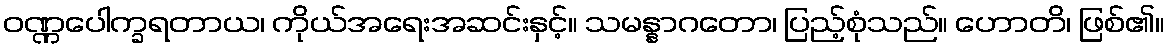
ဝဏ္ဏပေါက္ခရတာယ၊ ကိုယ်အရေးအဆင်းနှင့်။ သမန္နာဂတော၊ ပြည့်စုံသည်။ ဟောတိ၊ ဖြစ်၏။